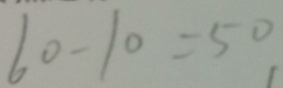
6 0 - 1 0 = 5 0